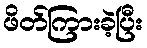
ဖိတ်ကြားခဲ့ပြီး